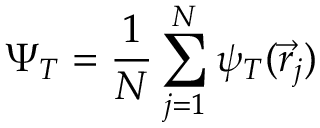
\Psi _ { T } = \frac { 1 } { N } \sum _ { j = 1 } ^ { N } \psi _ { T } ( \vec { r } _ { j } )